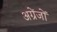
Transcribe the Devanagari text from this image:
अग्रेंजों